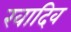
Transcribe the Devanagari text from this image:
खादिव